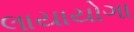
લાયાયોગા